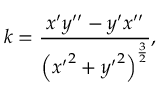
k = { \frac { x ^ { \prime } y ^ { \prime \prime } - y ^ { \prime } x ^ { \prime \prime } } { \left( { x ^ { \prime } } ^ { 2 } + { y ^ { \prime } } ^ { 2 } \right) ^ { \frac { 3 } { 2 } } } } ,